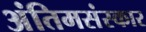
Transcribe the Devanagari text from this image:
अंतिमसंस्कार